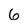
Character: 6